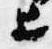
上